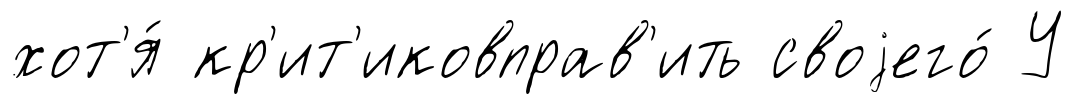
хот'я́ кр'ит'иковправ'ить своjего́ У